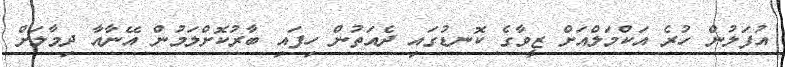
އުފަލުން ހުރެ އަކްމަލްއަށް ޒީވާގެ ކޮނޑުގައި ދެއަތުން ހިފައި ބާރުކޮށްލަމުން އޭނާއާ ދިމާލަށް